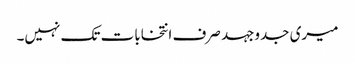
میری جدوجہد صرف انتخابات تک نہیں۔